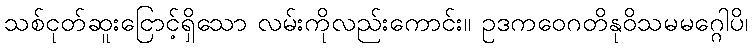
သစ်ငုတ်ဆူးငြောင့်ရှိသော လမ်းကိုလည်းကောင်း။ ဥဒကဝေဂတိနုဝိသမမဂ္ဂေါပိ၊